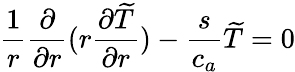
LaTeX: \frac{1}{r}\frac{\partial}{\partial r}(r\frac{\partial\widetilde{T}}{\partial r})-\frac{s}{c_{a}}\widetilde{T}=0